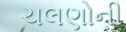
ચલણોની